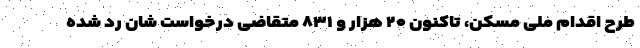
طرح اقدام ملی مسکن، تاکنون ۲۰ هزار و ۸۳۱ متقاضی درخواست شان رد شده